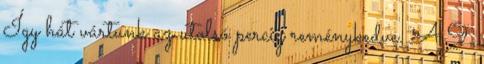
Így hát vártunk az utolsó percig reménykedve. A 9.